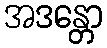
အဒန္တော